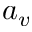
a _ { v }